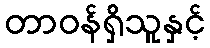
တာဝန်ရှိသူနှင့်